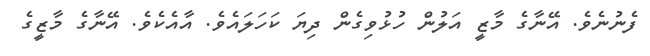
ފެނުނެވެ. އޭނާގެ މާޒީ އަލުން ހުޅުވިގެން ދިޔަ ކަހަލައެވެ. އާއެކެވެ. އޭނާގެ މާޒީގެ